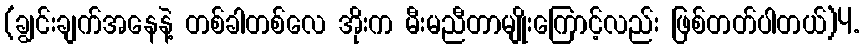
(ချွင်းချက်အနေနဲ့ တစ်ခါတစ်လေ အိုးက မီးမညီတာမျိုးကြောင့်လည်း ဖြစ်တတ်ပါတယ်)4.